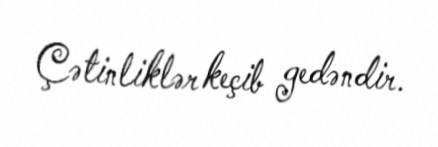
Çətinliklər keçib gedəndir.